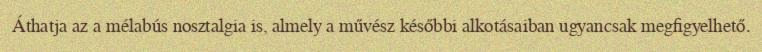
Áthatja az a mélabús nosztalgia is, almely a művész későbbi alkotásaiban ugyancsak megfigyelhető.